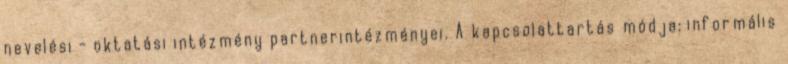
nevelési - oktatási intézmény partnerintézményei. A kapcsolattartás módja: informális